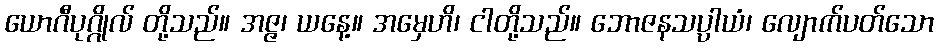
ယောဂီပုဂ္ဂိုလ် တို့သည်။ အဇ္ဇ၊ ယနေ့။ အမှေဟိ၊ ငါတို့သည်။ ဘောဇနသပ္ပါယံ၊ လျောက်ပတ်သော